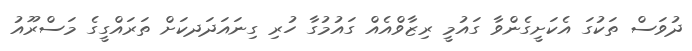
ދުވަސް ތަކުގަ އެކަށީގެންވާ ގައުމީ ރިޒާވްއެއް ގައުމުގާ ހުރި ގިނައަދަދކަށް ތަރައްގީގެ މަސްރޫއު